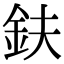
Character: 鈇